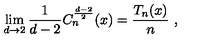
\lim _ { d \to 2 } \frac 1 { d - 2 } C _ { n } ^ { \frac { d - 2 } 2 } ( x ) = \frac { T _ { n } ( x ) } n \ , \nonumber \,